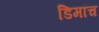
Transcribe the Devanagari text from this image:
डिमांच